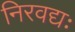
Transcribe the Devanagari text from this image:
निरवद्यः